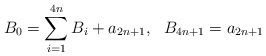
\begin{align*}B_0 = \sum_{i=1}^{4n} B_i + a_{2n+1}, \ \ B_{4n+1} = a_{2n+1}\end{align*}